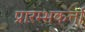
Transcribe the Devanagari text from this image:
प्रारम्भकर्त्ता